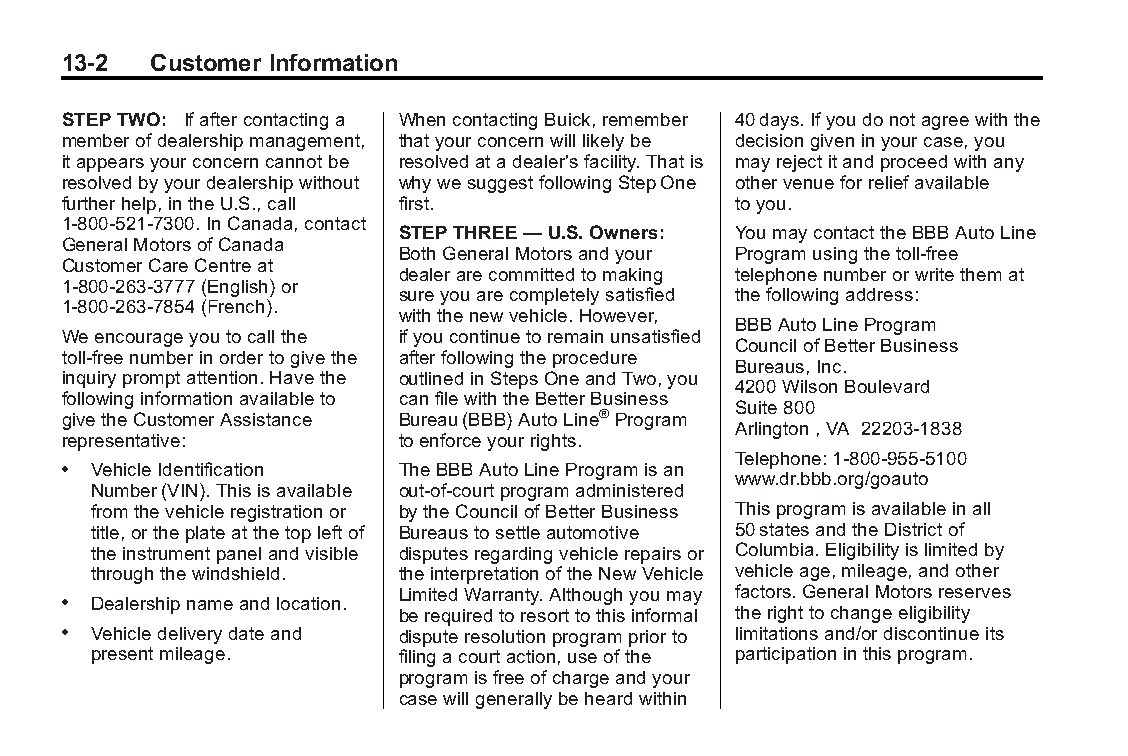
Buick LaCrosse Owner Manual (GMNA-Localizing-U.S./Canada/Mexico- Blackplate(2,1)
 6043609)-2014-2ndEdition-10/17/13
 13-2  Customer Information
 STEPTWO: Ifaftercontactinga WhencontactingBuick,remember 40days.Ifyoudonotagreewiththe
 memberofdealershipmanagement, thatyourconcernwilllikelybe decisiongiveninyourcase,you
 itappearsyourconcerncannotbe resolvedatadealer'sfacility.Thatis mayrejectitandproceedwithany
 resolvedbyyourdealershipwithout whywesuggestfollowingStepOne othervenueforreliefavailable
 furtherhelp,intheU.S.,call first.           toyou.
 1-800-521-7300.InCanada,contact
 STEPTHREE—U.S.Owners: YoumaycontacttheBBBAutoLine
 GeneralMotorsofCanada
 BothGeneralMotorsandyour Programusingthetoll-free
 CustomerCareCentreat
 dealerarecommittedtomaking telephonenumberorwritethemat
 1‐800-263-3777(English)or
 sureyouarecompletelysatisfied thefollowingaddress:
 1-800-263-7854(French).
 withthenewvehicle.However,
 BBBAutoLineProgram
 Weencourageyoutocallthe ifyoucontinuetoremainunsatisfied
 CouncilofBetterBusiness
 toll-freenumberinordertogivethe afterfollowingtheprocedure
 Bureaus,Inc.
 inquirypromptattention.Havethe outlinedinStepsOneandTwo,you
 4200WilsonBoulevard
 followinginformationavailableto canfilewiththeBetterBusiness
 Suite800
 givetheCustomerAssistance Bureau(BBB)AutoLine®Program
 Arlington,VA 22203-1838
 representative:       toenforceyourrights.
 Telephone:1-800-955-5100
 . VehicleIdentification TheBBBAutoLineProgramisan
 www.dr.bbb.org/goauto
 Number(VIN).Thisisavailable out-of-courtprogramadministered
 fromthevehicleregistrationor bytheCouncilofBetterBusiness Thisprogramisavailableinall
 title,ortheplateatthetopleftof Bureaustosettleautomotive 50statesandtheDistrictof
 theinstrumentpanelandvisible disputesregardingvehiclerepairsor Columbia.Eligibilityislimitedby
 throughthewindshield. theinterpretationoftheNewVehicle vehicleage,mileage,andother
 LimitedWarranty.Althoughyoumay factors.GeneralMotorsreserves
 . Dealershipnameandlocation.
 berequiredtoresorttothisinformal therighttochangeeligibility
 . Vehicledeliverydateand disputeresolutionprogrampriorto limitationsand/ordiscontinueits
 presentmileage.     filingacourtaction,useofthe participationinthisprogram.
 programisfreeofchargeandyour
 casewillgenerallybeheardwithin